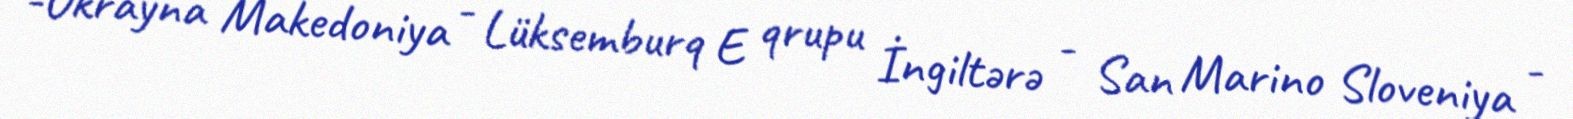
-Ukrayna Makedoniya - Lüksemburq E qrupu İngiltərə - San Marino Sloveniya -